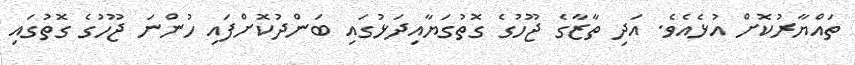
ތައްޔާރުކޮށް އުޅެއެވެ. އަދި ތާޒާގެ ޖޫހުގެ ގޮތުގަޔާއިދަޅުގައި ބަންދުކޮށްފައި ހުންނަ ޖޫހުގެ ގޮތުގައި